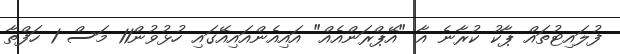
ފުލައިޓުތައް ޕާކު ކުރާނެ އާ "އޭޕްރަންއެއް" އައިއެންއައިއޭގައި ހުޅުވުން11 މަސް 1 ހަފްތާ